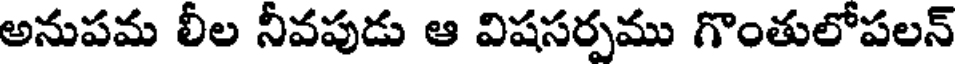
అనుపమ లీల నీవపుడు ఆ విషసర్పము గొంతులోపలన్